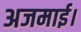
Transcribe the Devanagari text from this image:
अजमाई।